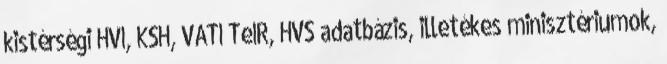
kistérségi HVI, KSH, VÁTI TeIR, HVS adatbázis, illetékes minisztériumok,